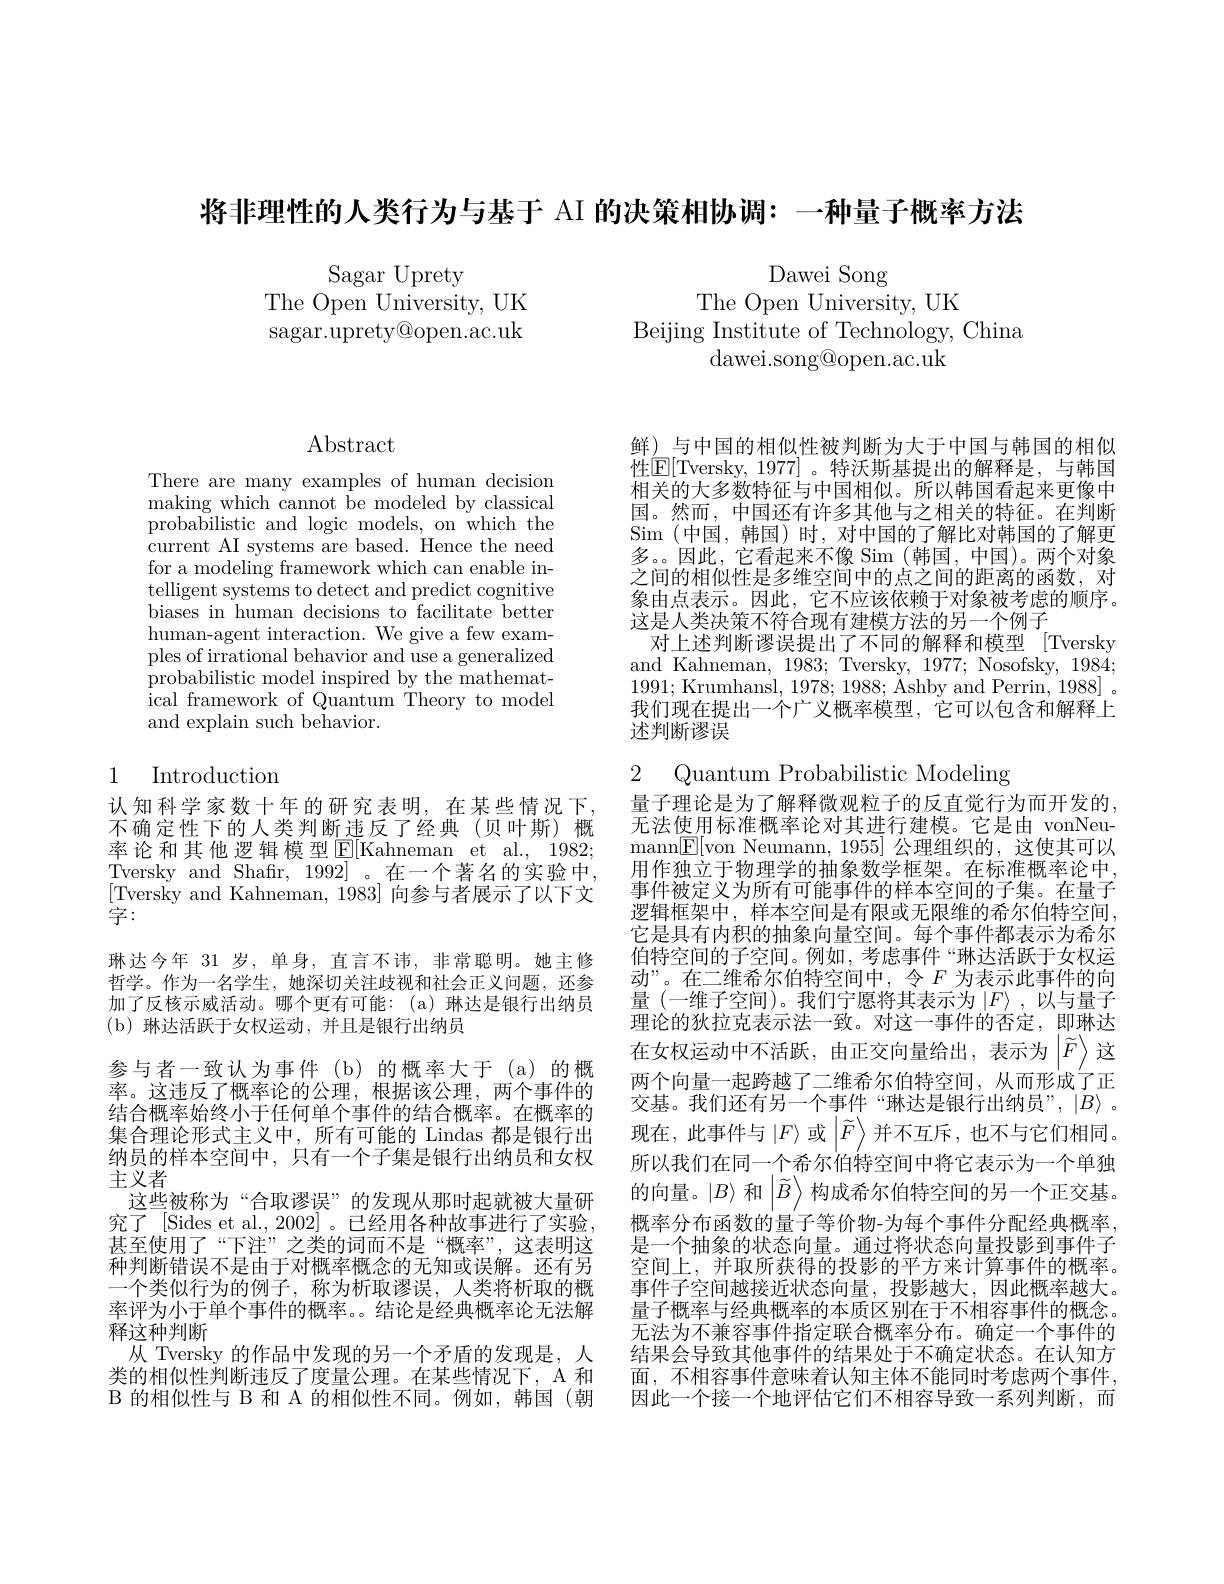
将非理性的人类行为与基于 AI 的决策相协调：一种量子概率方法

Sagar Uprety
The Open University, UK sagar.uprety@open.ac.uk

Dawei Song
The Open University, UK
Beijing Institute of Technology, China
dawei. song@ open. ac. uk

$\operatorname{Abstract}$

There are many examples of human decision making which cannot be modeled by classical probabilistic and logic models, on which the current AI systems are based. Hence the need for a modeling framework which can enable intelligent systems to detect and predict cognitive biases in human decisions to facilitate better human-agent interaction. We give a few examples of irrational behavior and use a generalized probabilistic model inspired by the mathematical framework of Quantum Theory to model and explain such behavior.

# 1 Introduction

[Tversky and Kahneman, 1983] 向参与者展示了以下文
字：
琳达今年 31 岁，单身，直言不讳，非常聪明。她主修哲学。作为一名学生，她深切关注歧视和社会正义问题，还参加了反核示威活动。哪个更有可能：(a)琳达是银行出纳员(b)琳达活跃于女权运动，并且是银行出纳员
参与者一致认为事件(b)的概率大于(a)的概率。这违反了概率论的公理，根据该公理，两个事件的结合概率始终小于任何单个事件的结合概率。在概率的集合理论形式主义中，所有可能的 Lindas 都是银行出主义者
这些被称为“合取谬误”的发现从那时起就被大量研甚至使用了“下注”之类的词而不是“概率”,这表明这释这种判断
类的相似性判断违反了度量公理。在某些情况下，A 和B 的相似性与 B 和 A 的相似性不同。例如，韩国(朝

鲜) 与中国的相似性被判断为大于中国与韩国的相似性$\boxed{\mathrm{E}}[$Tversky, 1977]。特沃斯基提出的解释是，与韩国相关的大多数特征与中国相似。所以韩国看起来更像中国。然而，中国还有许多其他与之相关的特征。在判断Sim (中国，韩国)时，对中国的了解比对韩国的了解更多。因此，它看起来不像 Sim (韩国，中国)。两个对象之间的相似性是多维空间中的点之间的距离的函数，对象由点表示。因此，它不应该依赖于对象被考虑的顺序。这是人类决策不符合现有建模方法的另一个例子
对上述判断谬误提出了不同的解释和模型 [Tversky and Kahneman, 1983; Tversky, 1977; Nosofsky, 1984; 1991; Krumhansl, 1978;1988; Ashby and Perrin, 1988]. 我们现在提出一个广义概率模型，它可以包含和解释上述判断谬误

2 Quantum Probabilistic Modeling
认知科学家数十年的研究表明，在某些情况下，量子理论是为了解释微观粒子的反直觉行为而开发的不确定性下的人类判断违反了经典(贝叶斯)概 无法使用标准概率论对其进行建模。它是由 vonNeu率论和其他逻辑模型[E[Kahneman et al., 1982; mann[E[von Neumann, 1955] 公理组织的，这使其可以Tversky and Shafir, 1992] 。在一个著名的实验中，用作独立于物理学的抽象数学框架。在标准概率论中
事件被定义为所有可能事件的样本空间的子集。在量子逻辑框架中，样本空间是有限或无限维的希尔伯特空间， 它是具有内积的抽象向量空间。每个事件都表示为希尔伯特空间的子空间。例如，考虑事件“琳达活跃于女权运动”。在二维希尔伯特空间中，令$F$ 为表示此事件的向量(一维子空间)。我们宁愿将其表示为$\left|F\right\rangle$,以与量子理论的狄拉克表示法一致。对这一事件的否定，即琳达在女权运动中不活跃，由正交向量给出，表示为$\left|\tilde{F}\right\rangle$这两个向量一起跨越了二维希尔伯特空间，从而形成了正交基。我们还有另一个事件“琳达是银行出纳员”,$\left|B\right\rangle$。
现在，此事件与$\left|F\right\rangle$或$\left|\tilde{F}\right\rangle$并不互斥，也不与它们相同。
纳员的样本空间中，只有一个子集是银行出纳员和女权 所以我们在同一个希尔伯特空间中将它表示为一个单独
的向量。$\left|B\right\rangle$和$\left|\widetilde{B}\right\rangle$构成希尔伯特空间的另一个正交基。
究了 [Sides et al., 2002]。已经用各种故事进行了实验，概率分布函数的量子等价物-为每个事件分配经典概率
是一个抽象的状态向量。通过将状态向量投影到事件子
种判断错误不是由于对概率概念的无知或误解。还有另 空间上，并取所获得的投影的平方来计算事件的概率。一个类似行为的例子，称为析取谬误，人类将析取的概 事件子空间越接近状态向量，投影越大，因此概率越大。率评为小于单个事件的概率。。结论是经典概率论无法解 量子概率与经典概率的本质区别在于不相容事件的概念。
无法为不兼容事件指定联合概率分布。确定一个事件的
从 Tversky 的作品中发现的另一个矛盾的发现是，人 结果会导致其他事件的结果处于不确定状态。在认知方
面，不相容事件意味着认知主体不能同时考虑两个事件， 因此一个接一个地评估它们不相容导致一系列判断，而